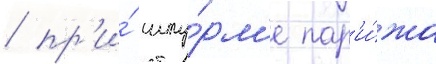
/ пр'и́ шту́рм'е пар'и́жа